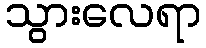
သွားလေရာ